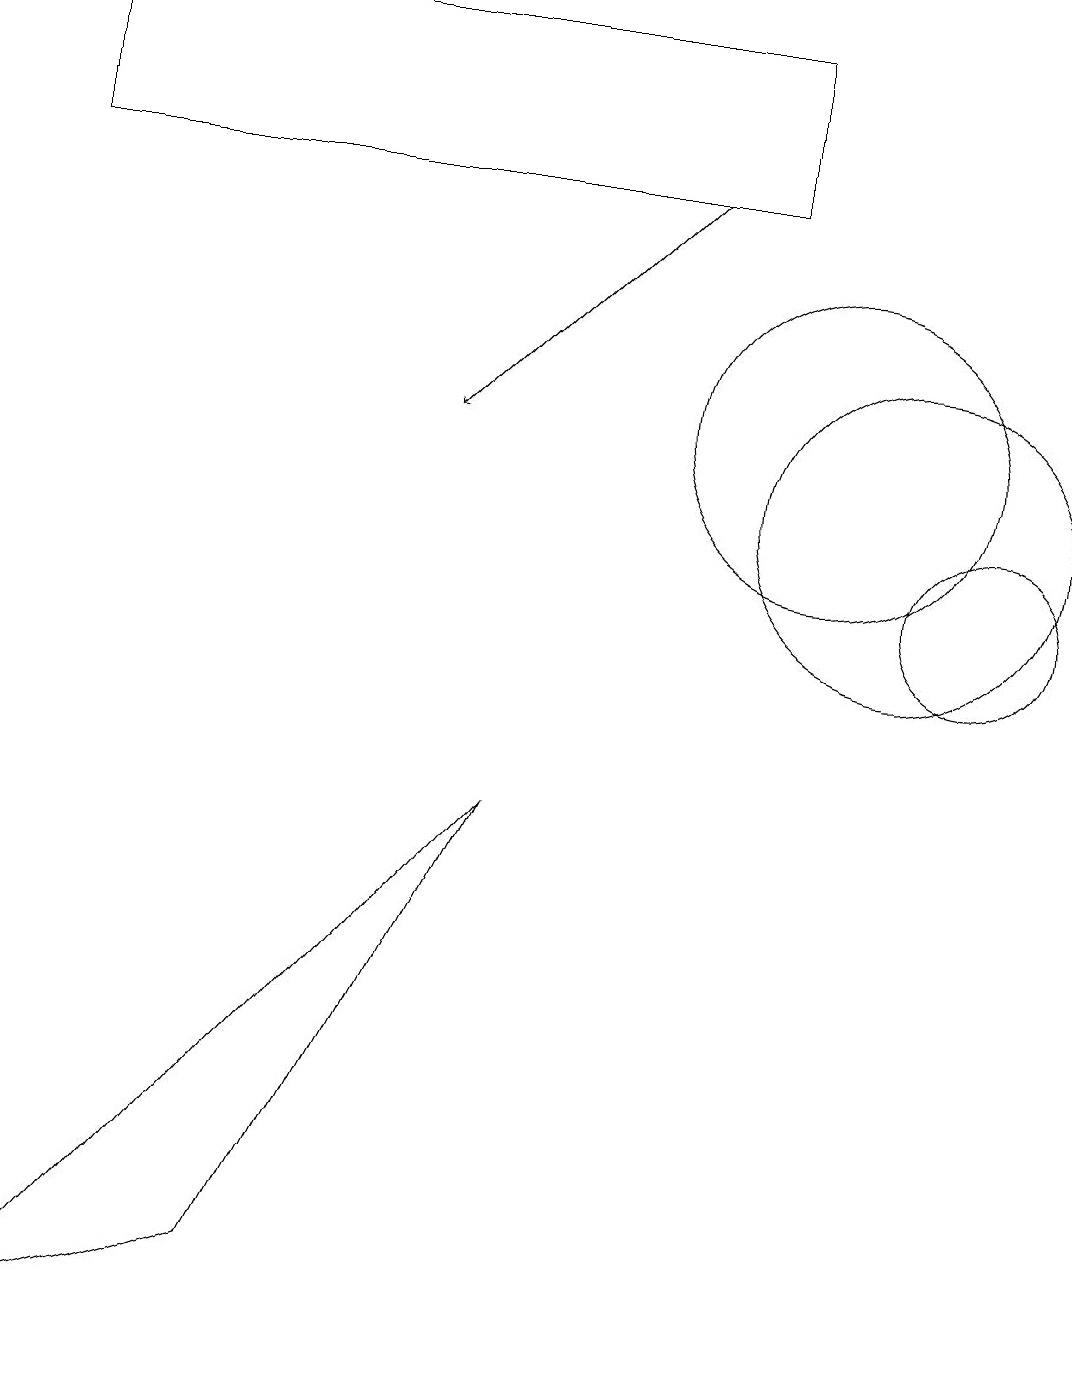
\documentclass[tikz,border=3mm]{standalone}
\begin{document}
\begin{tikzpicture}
\draw (12,10) circle (1);
\draw (0,17) rectangle (9,15);
\draw (0,0) -- (3,1) -- (6,7) -- cycle;
\draw[->] (8,15) -- (5,12);
\draw (11,11) circle (2);
\draw (10,12) circle (2);
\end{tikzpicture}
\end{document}